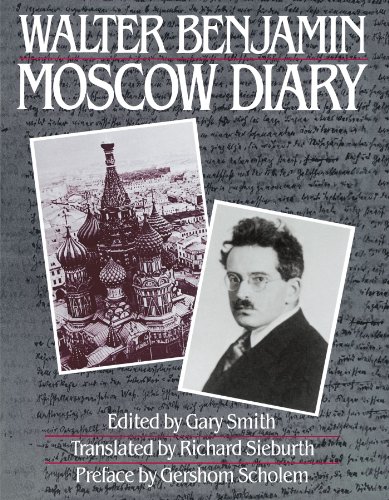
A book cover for Moscow Diary; Walter Benjamin; Travel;